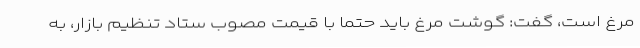
مرغ است، گفت: گوشت مرغ باید حتما با قیمت مصوب ستاد تنظیم بازار، به